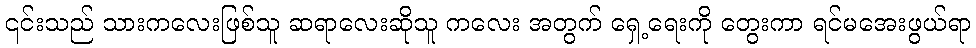
၎င်းသည် သားကလေးဖြစ်သူ ဆရာလေးဆိုသူ ကလေး အတွက် ရှေ့ရေးကို တွေးကာ ရင်မအေးဖွယ်ရာ